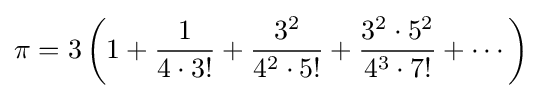
\pi =3\left(1+{\frac {1}{4\cdot 3!}}+{\frac {3^{2}}{4^{2}\cdot 5!}}+{\frac {3^{2}\cdot 5^{2}}{4^{3}\cdot 7!}}+\cdots \right)